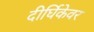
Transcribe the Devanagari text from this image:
दीर्घिकेवर